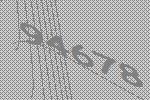
94678